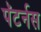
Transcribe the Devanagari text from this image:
पॅटर्नस